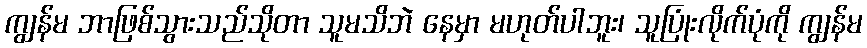
ကျွန်မ ဘာဖြစ်သွားသည်သိုတာ သူမသိဘဲ နေမှာ မဟုတ်ပါဘူး၊ သူပြုံးလိုက်ပုံကို ကျွန်မ